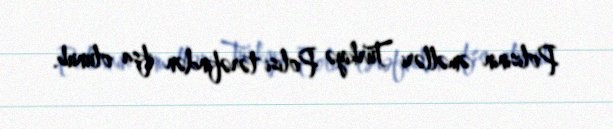
Polisinin əməlləri Türkiyə Polisi tərəfindən ifşa olunub.